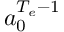
a _ { 0 } ^ { { T _ { e } } - 1 }